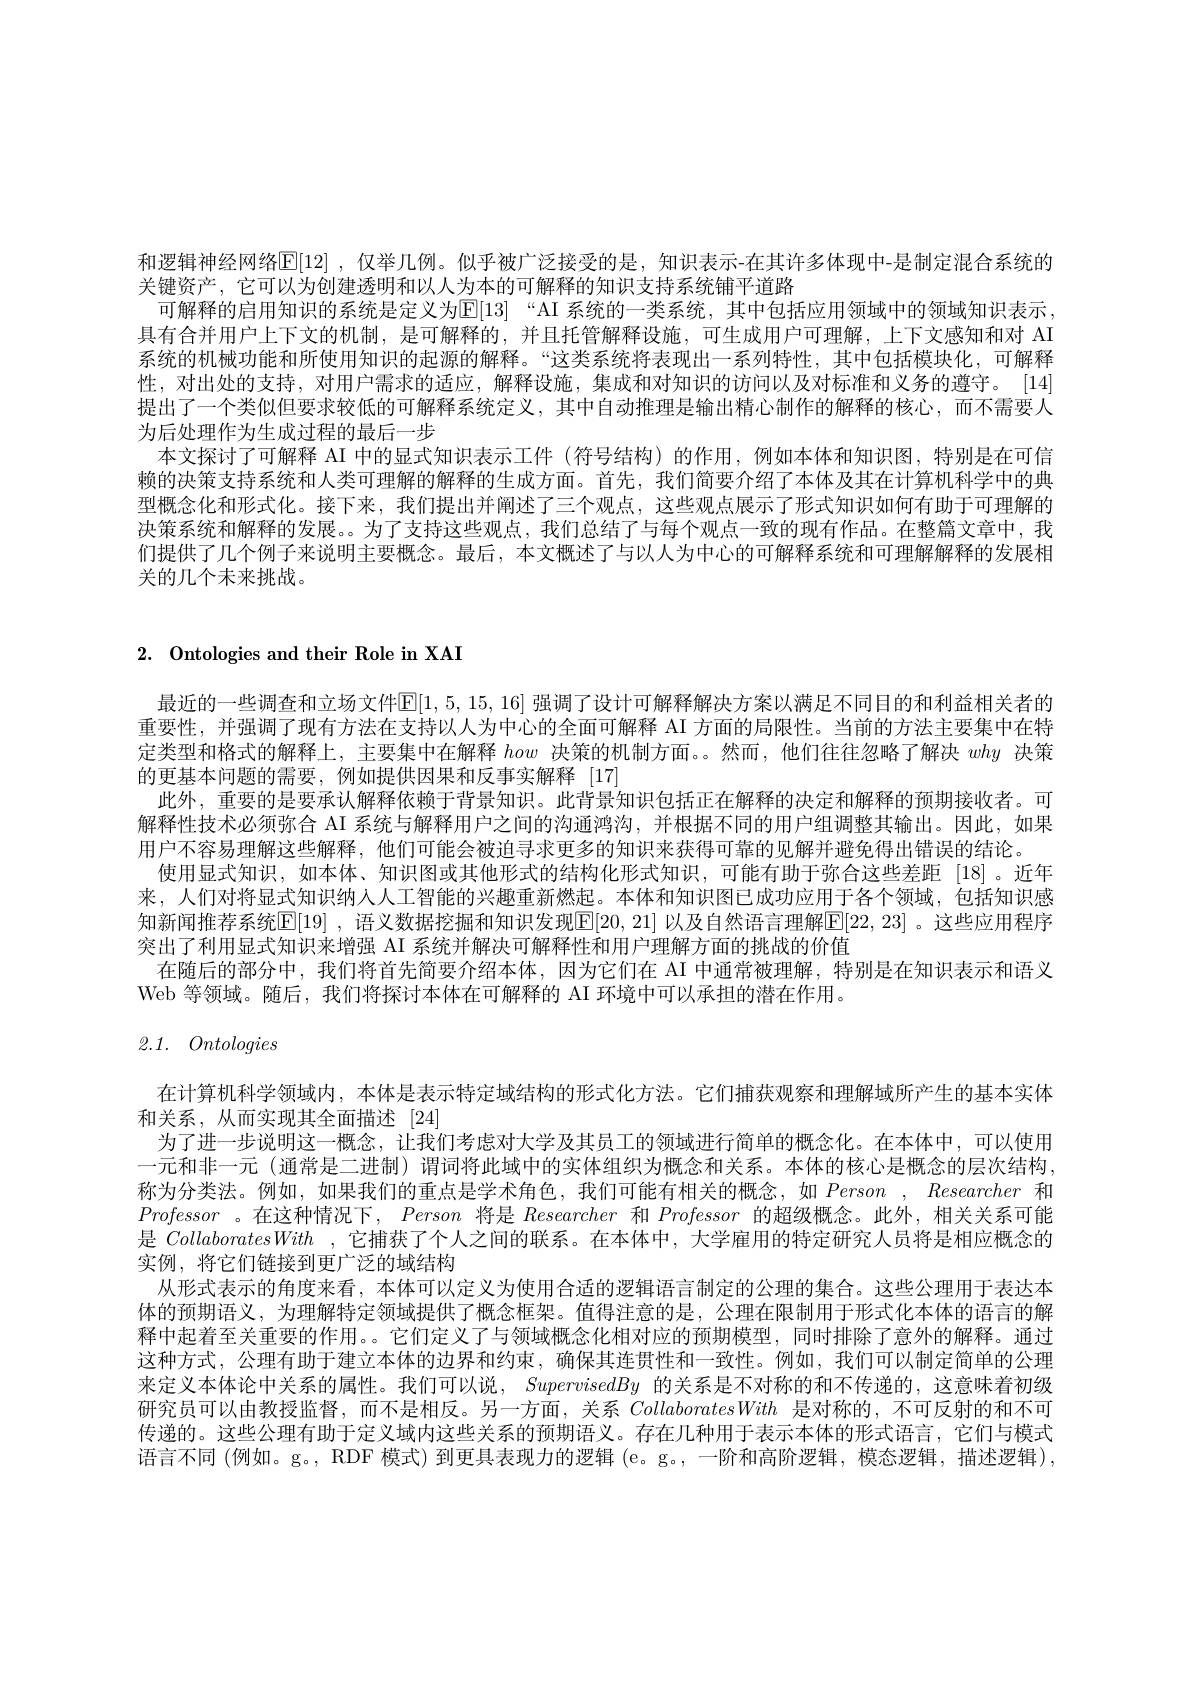
和逻辑神经网络$\mathbb{E}[12]$ ,仅举几例。似乎被广泛接受的是，知识表示-在其许多体现中-是制定混合系统的
关键资产，它可以为创建透明和以人为本的可解释的知识支持系统铺平道路
可解释的启用知识的系统是定义为E[13]“AI 系统的一类系统，其中包括应用领域中的领域知识表示， 具有合并用户上下文的机制，是可解释的，并且托管解释设施，可生成用户可理解，上下文感知和对 AI 系统的机械功能和所使用知识的起源的解释。“这类系统将表现出一系列特性，其中包括模块化，可解释性，对出处的支持，对用户需求的适应，解释设施，集成和对知识的访问以及对标准和义务的遵守。[14] 提出了一个类似但要求较低的可解释系统定义，其中自动推理是输出精心制作的解释的核心，而不需要人为后处理作为生成过程的最后一步
本文探讨了可解释 AI 中的显式知识表示工件 (符号结构) 的作用，例如本体和知识图，特别是在可信赖的决策支持系统和人类可理解的解释的生成方面。首先，我们简要介绍了本体及其在计算机科学中的典型概念化和形式化。接下来，我们提出并阐述了三个观点，这些观点展示了形式知识如何有助于可理解的决策系统和解释的发展。。为了支持这些观点，我们总结了与每个观点一致的现有作品。在整篇文章中，我们提供了几个例子来说明主要概念。最后，本文概述了与以人为中心的可解释系统和可理解解释的发展相关的几个未来挑战。

# 2. Ontologies and their Role in XAI

最近的一些调查和立场文件$\mathbb{E}[1,5,15,16]$ 强调了设计可解释解决方案以满足不同目的和利益相关者的重要性，并强调了现有方法在支持以人为中心的全面可解释 AI 方面的局限性。当前的方法主要集中在特定类型和格式的解释上，主要集中在解释how决策的机制方面。。然而，他们往往忽略了解决why决策的更基本问题的需要，例如提供因果和反事实解释[17]
此外，重要的是要承认解释依赖于背景知识。此背景知识包括正在解释的决定和解释的预期接收者。可解释性技术必须弥合 AI 系统与解释用户之间的沟通鸿沟，并根据不同的用户组调整其输出。因此，如果用户不容易理解这些解释，他们可能会被迫寻求更多的知识来获得可靠的见解并避免得出错误的结论。
使用显式知识，如本体、知识图或其他形式的结构化形式知识，可能有助于弥合这些差距[18]。近年来，人们对将显式知识纳人人工智能的兴趣重新燃起。本体和知识图已成功应用于各个领域，包括知识感知新闻推荐系统$\mathbb{E}[19]$ ,语义数据挖掘和知识发现$\mathbb{E}[20,21]$ 以及自然语言理解$\mathbb{E}[22,23]$ 。这些应用程序突出了利用显式知识来增强 AI 系统并解决可解释性和用户理解方面的挑战的价值
在随后的部分中，我们将首先简要介绍本体，因为它们在 AI 中通常被理解，特别是在知识表示和语义
Web 等领域。随后，我们将探讨本体在可解释的 AI 环境中可以承担的潜在作用。

2.1. Ontologies

在计算机科学领域内，本体是表示特定域结构的形式化方法。它们捕获观察和理解域所产生的基本实体
和关系，从而实现其全面描述[24]
为了进一步说明这一概念，让我们考虑对大学及其员工的领域进行简单的概念化。在本体中，可以使用一元和非一元(通常是二进制)谓词将此域中的实体组织为概念和关系。本体的核心是概念的层次结构， 称为分类法。例如，如果我们的重点是学术角色，我们可能有相关的概念，如 Person , Researcher和Professor 。在这种情况下，Person将是Researcher和Professor的超级概念。此外，相关关系可能是CollaboratesWith ,它捕获了个人之间的联系。在本体中，大学雇用的特定研究人员将是相应概念的实例，将它们链接到更广泛的域结构
从形式表示的角度来看，本体可以定义为使用合适的逻辑语言制定的公理的集合。这些公理用于表达本体的预期语义，为理解特定领域提供了概念框架。值得注意的是，公理在限制用于形式化本体的语言的解释中起着至关重要的作用。。它们定义了与领域概念化相对应的预期模型，同时排除了意外的解释。通过这种方式，公理有助于建立本体的边界和约束，确保其连贯性和一致性。例如，我们可以制定简单的公理来定义本体论中关系的属性。我们可以说，SupervisedBy的关系是不对称的和不传递的，这意味着初级研究员可以由教授监督，而不是相反。另一方面，关系CollaboratesWith是对称的，不可反射的和不可传递的。这些公理有助于定义域内这些关系的预期语义。存在几种用于表示本体的形式语言，它们与模式